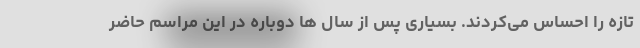
تازه را احساس می‌کردند. بسیاری پس از سال ها دوباره در این مراسم حاضر